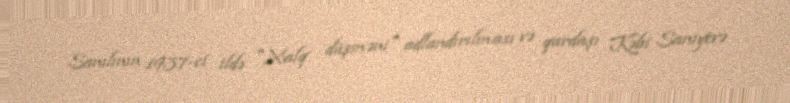
Sanılının 1937-ci ildə "Xalq düşməni" adlandırılması və qardaşı Kəbi Sanıyevə